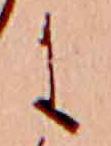
に